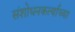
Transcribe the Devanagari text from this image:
संशोधनकर्त्याच्या